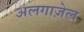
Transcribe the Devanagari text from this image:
अलगाज़ेल